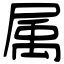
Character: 属